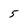
Character: 5